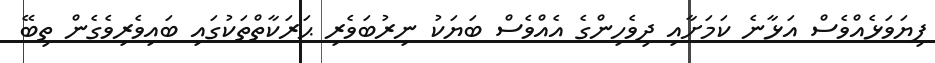
ފިޔަވަޅެއްވެސް އަޅާނެ ކަމަށާއި ދިވެހިންގެ އެއްވެސް ބަޔަކު ނިރުބަވެރި ޙަރަކާތްތަކުގައި ބައިވެރިވެގެން ތިބޭ